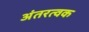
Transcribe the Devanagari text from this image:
अंतरत्वक